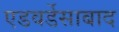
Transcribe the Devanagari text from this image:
एडवर्डेसाबाद